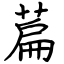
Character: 萹